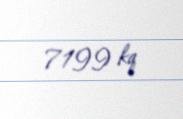
7199 kq